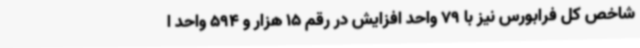
شاخص کل فرابورس نیز با 79 واحد افزایش در رقم 15 هزار و 594 واحد ا